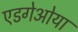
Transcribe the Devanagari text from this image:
एडगेओया